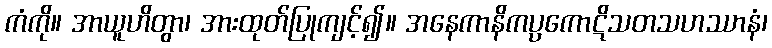
ကံကို။ အာယူဟိတွာ၊ အားထုတ်ပြုကျင့်၍။ အနေကာနိကပ္ပကောဋိသတသဟဿာနံ၊